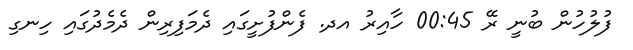
ފުލުހުން ބުނީ ރޭ 00:45 ހާއިރު އދ. ފެންފުށީގައި ދެމަފިރިން ދެމެދުގައި ހިނގި